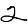
Digit: 2